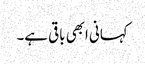
کہانی ابھی باقی ہے۔